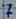
Text: 7